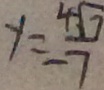
y = \frac { 4 \sqrt { 7 } } { 7 }